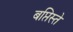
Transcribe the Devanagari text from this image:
बप्तिस्ते